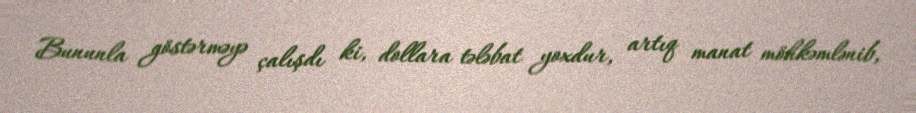
Bununla göstərməyə çalışdı ki, dollara tələbat yoxdur, artıq manat möhkəmlənib,